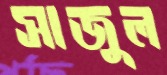
সাজুল